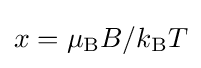
x=\mu _{\text{B}}B/k_{\text{B}}T